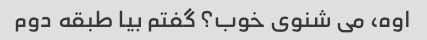
اوه، می شنوی خوب؟ گفتم بیا طبقه دوم